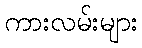
ကားလမ်းများ